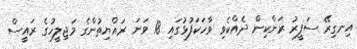
އިނގިރޭ ސަފީރު ރަންކިން ދެއްކެވި ވާހަކަފުޅުގައި 18 ވަނަ ރައްޔިތުންގެ މަޖިލީހުގެ ރައީސް